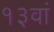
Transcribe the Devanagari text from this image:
१३वां